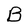
Character: B